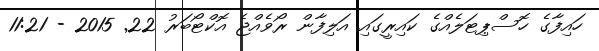
ހައިފާގެ ހޮސްޕިޓަލެއްގެ ކައިރީގައި އަލިފާން ރޯވެއްޖެ އޮކްޓޯބަރު 22